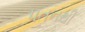
પતનથી